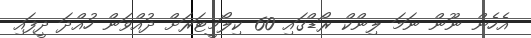
އެހެން ނޫން ނަމަ ލިންކް ރޯޑްގައި 60 ކިލޯމީޓަރަށް ދުއްވަން ހުއްދަ ދީފައި